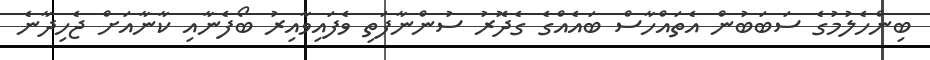
ބިންހެލުމުގެ ސަބަބުން އެތައްހާސް ބައެއްގެ ގެދޮރު ސުންނާފަތި ވެފައިވާއިރު ބޯފެނާއި ކާނާއަށް ޖެހިދާނެ